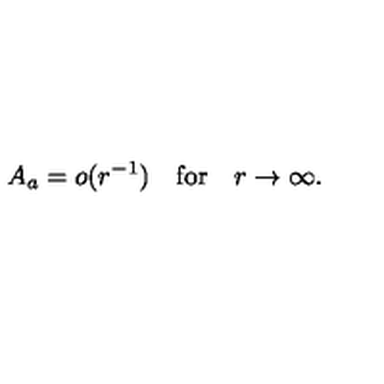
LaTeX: A _ { a } = o ( r ^ { - 1 } ) \quad \mathrm { f o r } \quad r \to \infty .